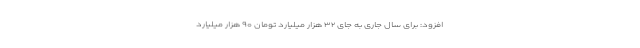
افزود: برای سال جاری به جای ۳۲ هزار میلیارد تومان ۹۰ هزار میلیارد